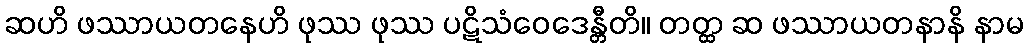
ဆဟိ ဖဿာယတနေဟိ ဖုဿ ဖုဿ ပဋိသံဝေဒေန္တီတိ။ တတ္ထ ဆ ဖဿာယတနာနိ နာမ